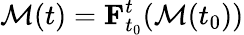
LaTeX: \mathcal{M}(t)=\mathbf{F}_{t_{0}}^{t}(\mathcal{M}(t_{0}))